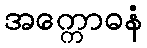
အက္ကောဓနံ